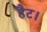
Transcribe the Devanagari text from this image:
हैट।